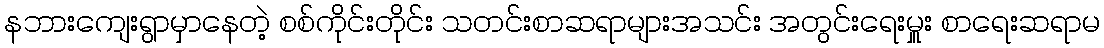
နဘားကျေးရွာမှာနေတဲ့ စစ်ကိုင်းတိုင်း သတင်းစာဆရာများအသင်း အတွင်းရေးမှူး စာရေးဆရာမ